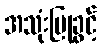
အသုံးပြုခွင့်